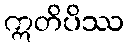
ဣတိပိဿ